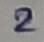
Text: 2